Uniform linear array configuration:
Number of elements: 24
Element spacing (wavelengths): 0.5
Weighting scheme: uniform
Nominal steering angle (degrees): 45
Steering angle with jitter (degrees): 45.476
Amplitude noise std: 0.05
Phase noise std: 0.05

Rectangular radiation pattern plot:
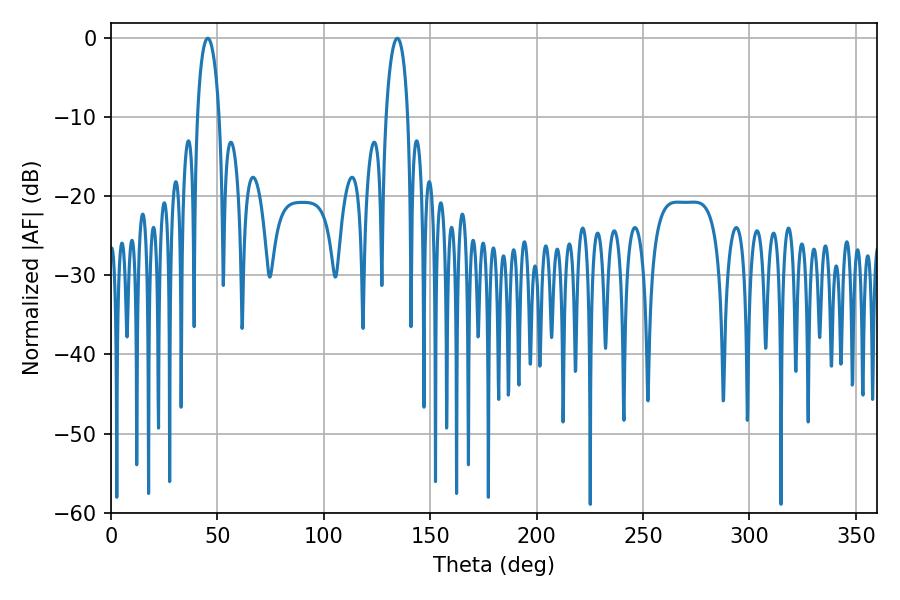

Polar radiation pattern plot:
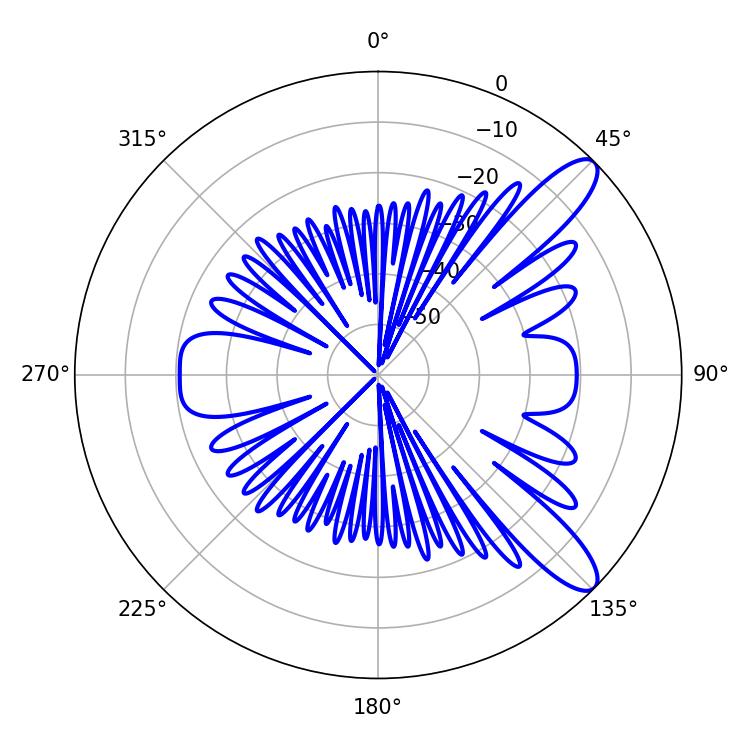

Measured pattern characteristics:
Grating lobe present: FALSE
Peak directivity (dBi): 10.82
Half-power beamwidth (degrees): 5.76
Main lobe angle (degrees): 45.54